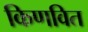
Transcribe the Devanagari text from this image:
किणवित